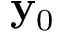
{ \bf y } _ { 0 }